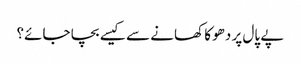
پے پال پر دھوکا کھانے سے کیسے بچا جائے؟